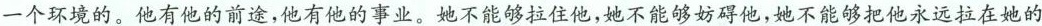
一个环境的。他有他的前途，他有他的事业。她不能够拉住他，她不能够妨碍他，她不能够把他永远拉在她的